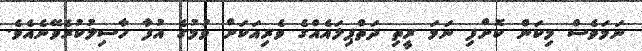
ނަމަވެސް މިކަން ކޮށްފި ނަމަ ރީތި ދަތްޕިލައެއްގެ ވެރިއަކަށް ވުމުގެ އުފާ ހާސިލުކުރެވޭނެއެވެ.